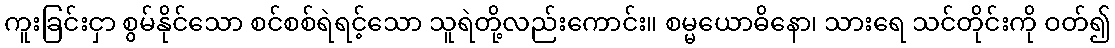
ကူးခြင်းငှာ စွမ်နိုင်သော စင်စစ်ရဲရင့်သော သူရဲတို့လည်းကောင်း။ စမ္မယောဓိနော၊ သားရေ သင်တိုင်းကို ဝတ်၍